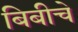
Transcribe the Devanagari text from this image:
बिबीचे